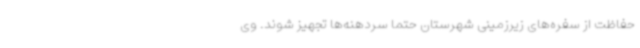
حفاظت از سفره‌های زیرزمینی شهرستان حتما سردهنه‌ها تجهیز شوند. وی